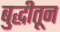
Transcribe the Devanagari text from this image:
बुद्धीतून